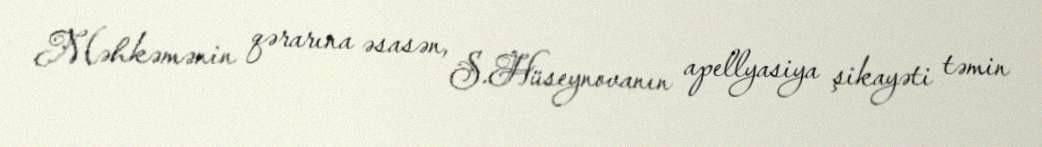
Məhkəmənin qərarına əsasən, S.Hüseynovanın apellyasiya şikayəti təmin